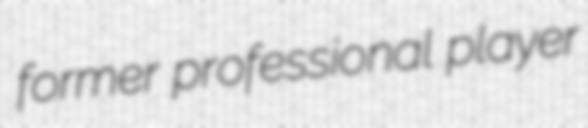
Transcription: former professional player